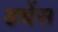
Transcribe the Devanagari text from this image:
डचेंस